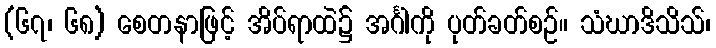
(၆၇၊ ၆၈) စေတနာဖြင့် အိပ်ရာထဲ၌ အင်္ဂါကို ပုတ်ခတ်စဉ်။ သံဃာဒိသိသ်၊